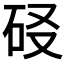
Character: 𰦬